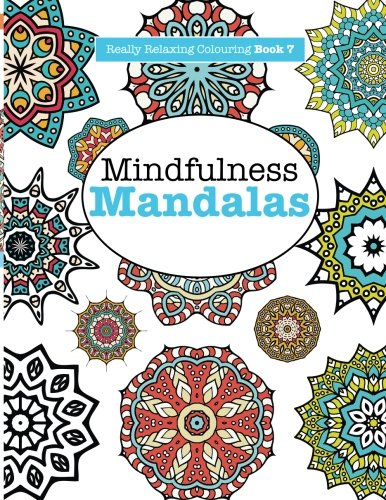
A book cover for Really RELAXING Colouring Book 7: Mindfulness Mandalas: A Meditative Adventure in Colour and Pattern (Really RELAXING Colouring Books) (Volume 7); Elizabeth James; Health, Fitness & Dieting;